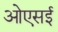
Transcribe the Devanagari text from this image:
ओएसई